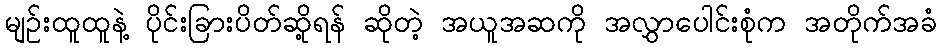
မျဉ်းထူထူနဲ့ ပိုင်းခြားပိတ်ဆို့ရန် ဆိုတဲ့ အယူအဆကို အလွှာပေါင်းစုံက အတိုက်အခံ